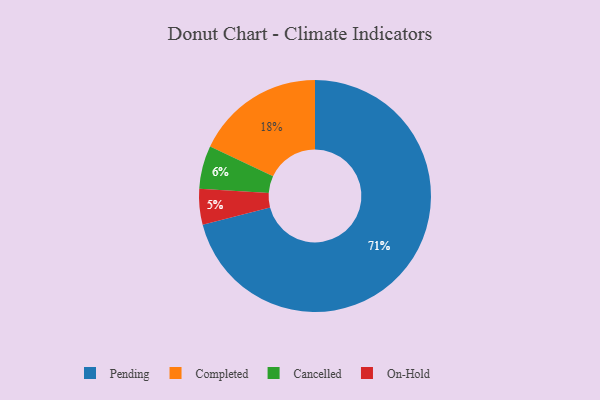
{"axis": {"x": "Category", "y": "Percentage"}, "legend": ["Cancelled", "Completed", "On-Hold", "Pending"], "data": [{"x": "Cancelled", "y": 6, "type": "Cancelled"}, {"x": "Pending", "y": 71, "type": "Pending"}, {"x": "Completed", "y": 18, "type": "Completed"}, {"x": "On-Hold", "y": 5, "type": "On-Hold"}]}